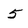
Character: 5